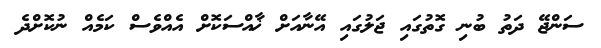
ސަންޖޭ ދަތު ބުނި ގޮތުގައި ޖަލުގައި އޭނާއަށް ޚާއްސަކޮށް އެއްވެސް ކަމެއް ނުކޮށްދެ